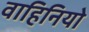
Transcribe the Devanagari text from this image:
वाहिनियो